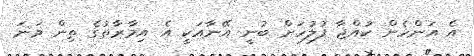
އެ އަންހެން ކުއްޖާ ފުލުހަށް ބުނީ އޭނާއަކީ އެ އިމާރާތުގެ ތިން ވަނަ